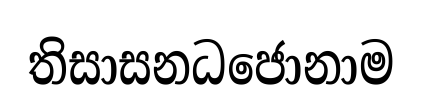
තිසාසනධජොනාම